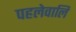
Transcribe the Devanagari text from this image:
पहलेवालि